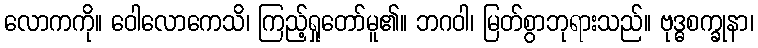
လောကကို။ ဝေါလောကေသိ၊ ကြည့်ရှုတော်မူ၏။ ဘဂဝါ၊ မြတ်စွာဘုရားသည်။ ဗုဒ္ဓစက္ခုနာ၊